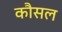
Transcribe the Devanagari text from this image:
कौसल